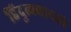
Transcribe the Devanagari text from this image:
हिंदुत्ववादाचे